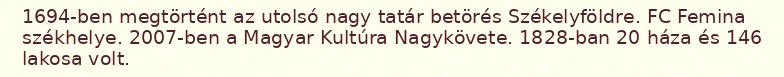
1694-ben megtörtént az utolsó nagy tatár betörés Székelyföldre. FC Femina székhelye. 2007-ben a Magyar Kultúra Nagykövete. 1828-ban 20 háza és 146 lakosa volt.